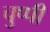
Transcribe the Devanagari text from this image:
चुप्‍पी